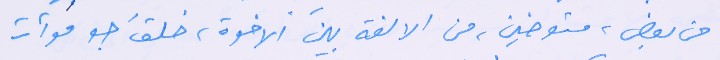
من بعض، متوخين، من الالفة بين ألاخوة، خلقَ جو موأت